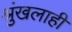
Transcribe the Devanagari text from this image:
श्रुंखलाही